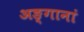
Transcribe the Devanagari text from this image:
अङ्गानां